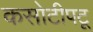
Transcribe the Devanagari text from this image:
कसोटीपटू